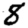
Digit: 8